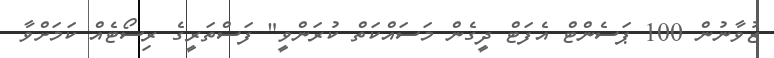
ޒުވާނުން 100 ޕަސެންޓް އެފަޓް ދީގެން މަސައްކަތް ކުރަންވީ" ފަސްތަރީގެ ރިސޯޓެއް ކަމަށްވާ